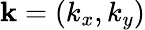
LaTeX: \textbf{k}=(k_{x},k_{y})